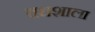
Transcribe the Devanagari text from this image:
वधशाला